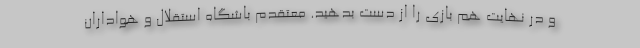
و در نهایت هم بازی را از دست بدهید. معتقدم باشگاه استقلال و هواداران